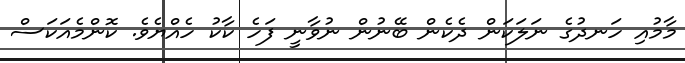
މާމުއި ހަނދުގެ ނަލަކަން ދެކެން ބޭނުން ނުވާނީ ފަހެ ކާކު ހެއްޔެވެ. ކޮންމެއަކަސް